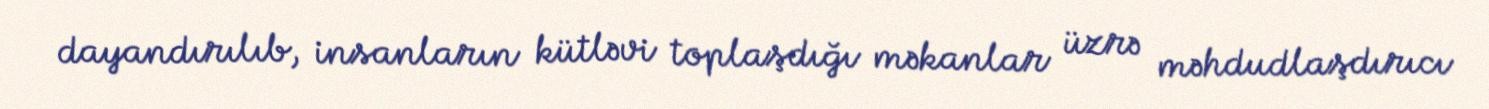
dayandırılıb, insanların kütləvi toplaşdığı məkanlar üzrə məhdudlaşdırıcı